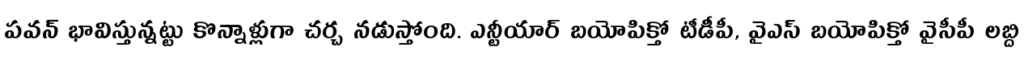
పవన్ భావిస్తున్నట్టు కొన్నాళ్లుగా చర్చ నడుస్తోంది. ఎన్టీయార్ బయోపిక్తో టీడీపీ, వైఎస్ బయోపిక్తో వైసీపీ లబ్ది